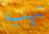
نهب